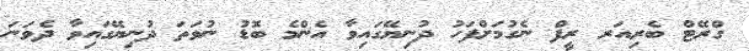
ގްރޭޓް ބެރިއަރ ރީފް ނެގުމަށްފަހު ދުނިޔޭގައިވާ އެންމެ ބޮޑު ނުވަތަ ދުނިޔޭގައިވާ ދެވަނަ